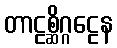
တာဠစ္ဆိဂ္ဂဠေန